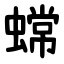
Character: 蟐